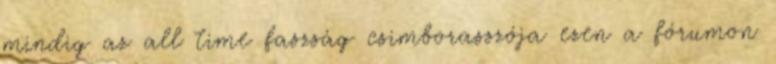
mindig az all time faszság csimborasszója ezen a fórumon